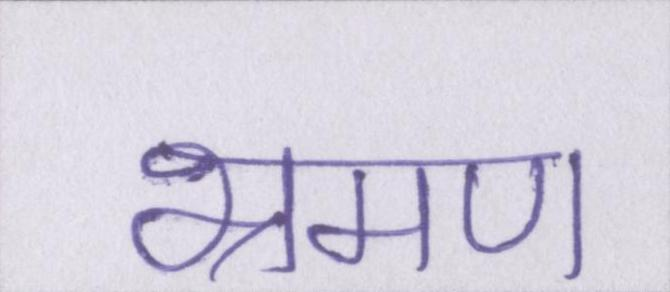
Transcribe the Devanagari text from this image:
भ्रमण